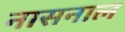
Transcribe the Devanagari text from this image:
नासनाल